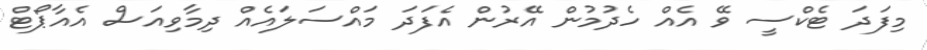
މިފަދަ ޓެކްސީ ވޭ އެއް ހެދުމުން އޭރުން އެފަދަ މައްސަލައެއް ދިމާވިއަސް އެއާޕޯޓް